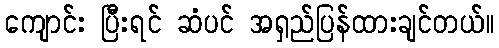
ကျောင်း ပြီးရင် ဆံပင် အရှည်ပြန်ထားချင်တယ်။